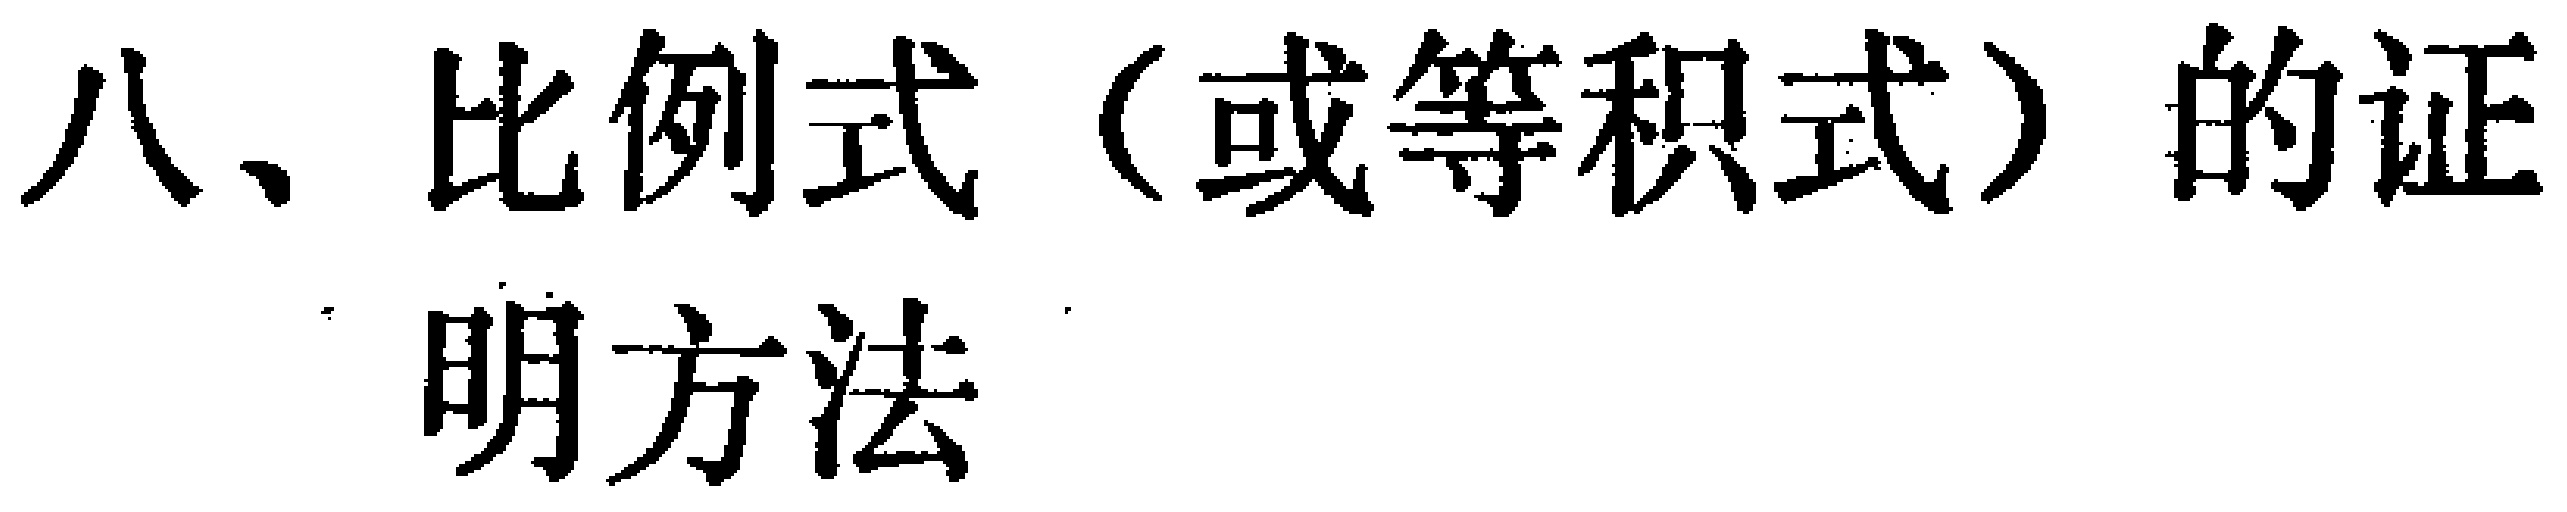
八、比例式（或等积式）的证明方法